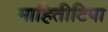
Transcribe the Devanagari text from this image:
माहितीटिपा